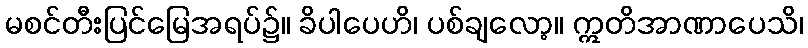
မစင်တီးပြင်မြေအရပ်၌။ ခိပါပေဟိ၊ ပစ်ချလော့။ ဣတိအာဏာပေသိ၊